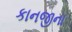
કાનજીના